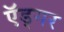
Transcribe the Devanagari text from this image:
ऍड्गर